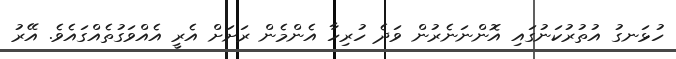
ހުޅަނގު އުތުރުކަނުގައި އޮންނަނެރުން ވަދެ ހުރިހާ އެންމެން ރަށަށް އެރީ އެއްވަގުތެއްގައެވެ. އޭރު